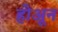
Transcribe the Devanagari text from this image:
होअून